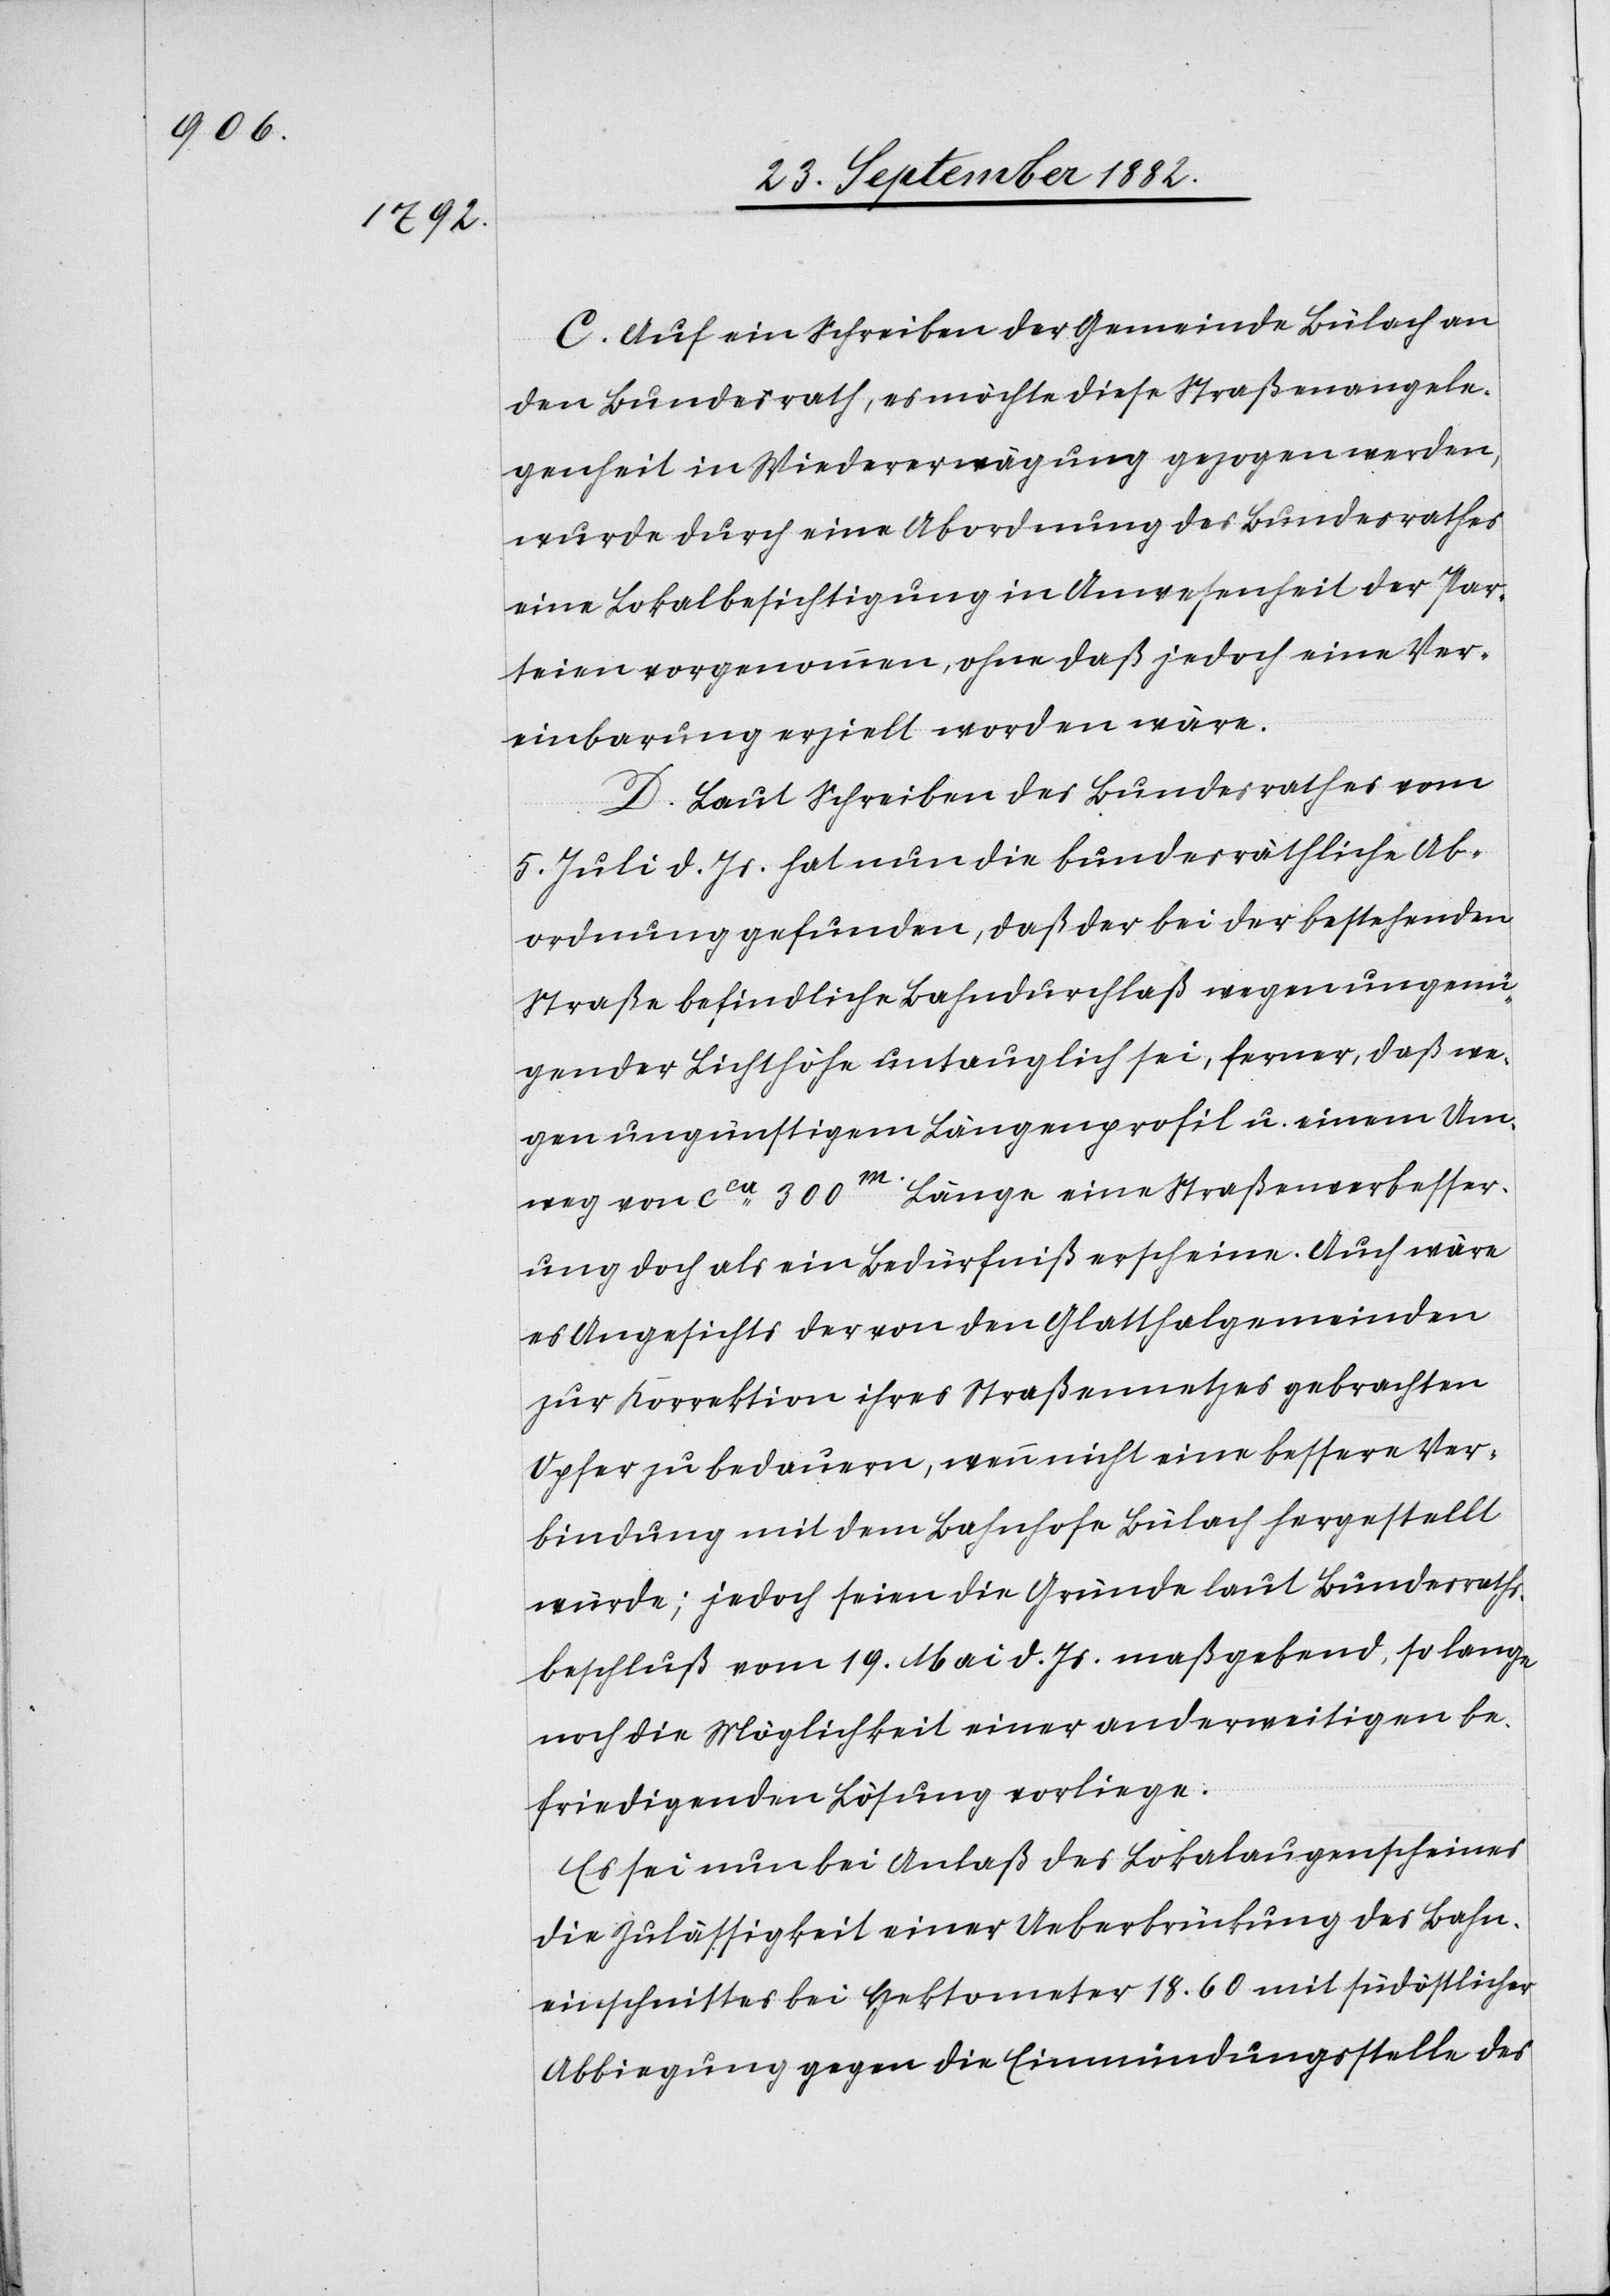
C. Auf ein Schreiben der Gemeinde Bülach an
den Bundesrath, es möchte diese Straßenangele¬
genheit in Wiedererwägung gezogen werden,
wurde durch eine Abordnung des Bundesrathes
eine Lokalbesichtigung in Anwesenheit der Par¬
teien vorgenommen, ohne daß jedoch eine Ver¬
einbarung erzielt worden wäre.
D. Laut Schreiben des Bundesrathes vom
5. Juli d. Js. hat nun die bundesräthliche Ab¬
ordnung gefunden, daß der bei der bestehenden
Straße befindliche Bahndurchlaß wegen ungenü¬
gender Lichthöhe untauglich sei, ferner, daß we¬
gen ungünstigem Längenprofil u. einem Um¬
weg von ca 300m Länge eine Straßenverbesser¬
ung doch als ein Bedürfniß erscheine. Auch wäre
es Angesichts der von den Glatthalgemeinden
zur Korrektion ihres Straßennetzes gebrachten
Opfer zu bedauern, wenn nicht eine bessere Ver¬
bindung mit dem Bahnhofe Bülach hergestellt
würde; jedoch seien die Gründe laut Bundesraths¬
beschluß vom 19. Mai d. Js. maßgebend, so lange
noch die Möglichkeit einer anderweitigen be¬
friedigenden Lösung vorliege.
Es sei nun bei Anlaß des Lokalaugenscheines
die Zulässigkeit einer Ueberbrückung des Bahn¬
einschnittes bei Hektometer 18.60 mit südöstlicher
Abbiegung gegen die Einmündungsstelle des